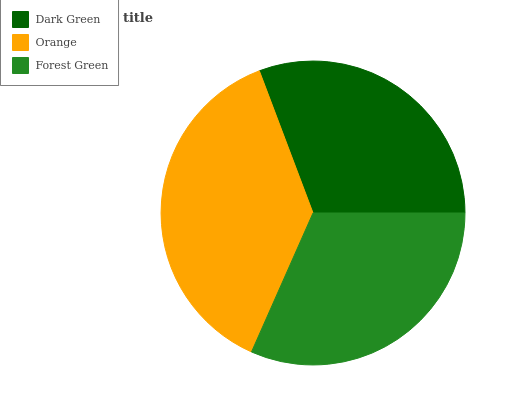
| Dark Green | Orange | Forest Green |
 | --- | --- | --- |
 | 30.7% | 37.6% | 31.7% |